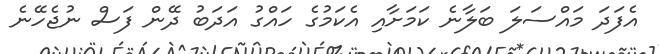
އެފަދަ މައްސަލަ ބަލާނެ ކަމަށާއި އެކަމުގެ ހައްގު އަދަބު ދޭން ފަސް ނުޖެހޭނެ